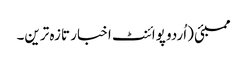
ممبئی (اُردو پوائنٹ اخبار تازہ ترین۔